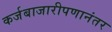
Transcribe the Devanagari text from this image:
कर्जबाजारीपणानंतर